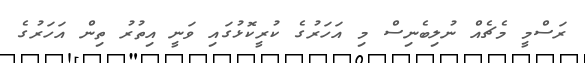
ރަސްމީ މެޗެއް ނުލިބެނިސް މި އަހަރުގެ ކުރީކޮޅުގައި ވަނީ އިތުރު ތިން އަހަރުގެ